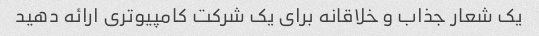
یک شعار جذاب و خلاقانه برای یک شرکت کامپیوتری ارائه دهید